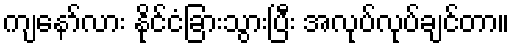
ကျနော်လား နိုင်ငံခြားသွားပြီး အလုပ်လုပ်ချင်တာ။